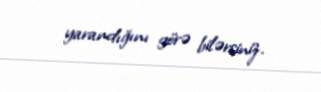
yarandığını görə bilərsiniz.